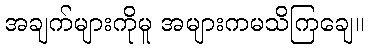
အချက်များကိုမူ အများကမသိကြချေ။